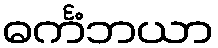
ဓင်္ကံဘယာ